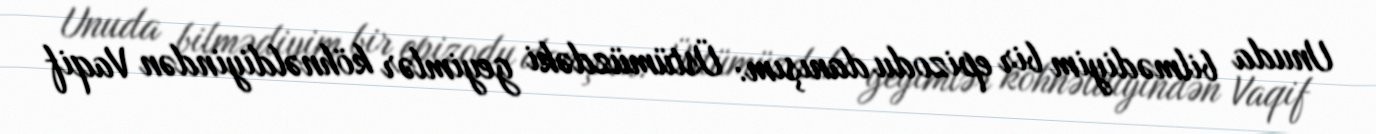
Unuda bilmədiyim bir epizodu danışım: Üstümüzdəki geyimlər köhnəldiyindən Vaqif